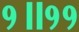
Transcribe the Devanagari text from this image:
१॥११